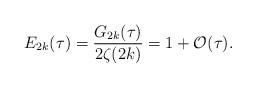
LaTeX: \begin{align*}E_{2k}(\tau) = \frac{G_{2k}(\tau)}{2\zeta(2k)} = 1 + \mathcal{O}(\tau).\end{align*}